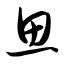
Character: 思